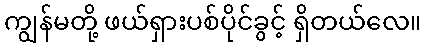
ကျွန်မတို့ ဖယ်ရှားပစ်ပိုင်ခွင့် ရှိတယ်လေ။